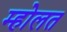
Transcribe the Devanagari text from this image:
म्होलत